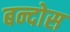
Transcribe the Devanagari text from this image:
बन्दोस